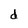
Character: d